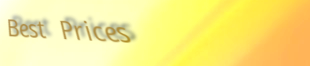
Best Prices